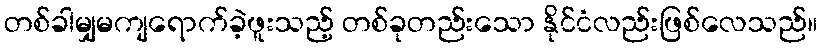
တစ်ခါမျှမကျရောက်ခဲ့ဖူးသည့် တစ်ခုတည်းသော နိုင်ငံလည်းဖြစ်လေသည်။